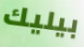
بيليك